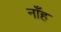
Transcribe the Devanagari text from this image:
नाँह